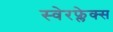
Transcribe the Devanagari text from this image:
स्वेरफ्लेक्स